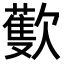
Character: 𣤨